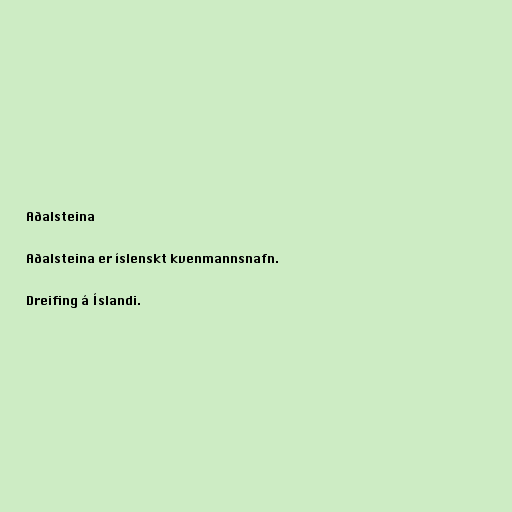
Aðalsteina

Aðalsteina er íslenskt kvenmannsnafn.

Dreifing á Íslandi.